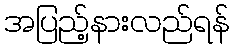
အပြည့်နားလည်ရန်